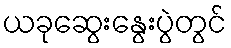
ယခုဆွေးနွေးပွဲတွင်